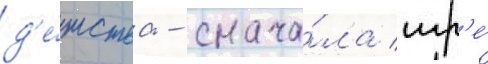
д'е́тства - снача́ла игр'е́